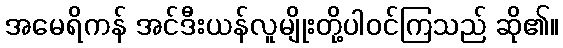
အမေရိကန် အင်ဒီးယန်လူမျိုးတို့ပါဝင်ကြသည် ဆို၏။